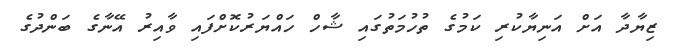
ޒިޔާދާ އަށް އަނިޔާކުރި ކަމުގެ ތުހުމަތުގައި ޝާހް ހައްޔަރުކޮށްފައި ވާއިރު އޭނާގެ ބަންދުގެ